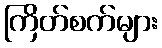
ကြိတ်စက်များ